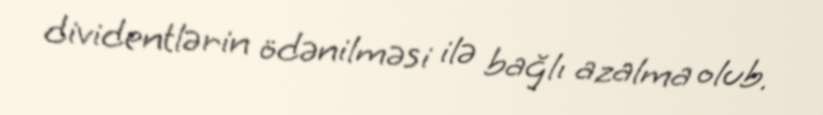
dividentlərin ödənilməsi ilə bağlı azalma olub.